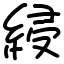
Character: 綅